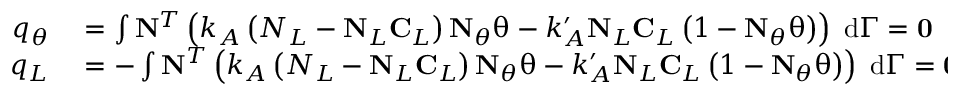
\begin{array} { r l } { q _ { \theta } } & { { } = \int \mathbf { N } ^ { T } \left( k _ { A } \left( N _ { L } - \mathbf { N } _ { L } \mathbf { C } _ { L } \right) \mathbf { N } _ { \theta } \mathbf { \uptheta } - k _ { A } ^ { \prime } \mathbf { N } _ { L } \mathbf { C } _ { L } \left( 1 - \mathbf { N } _ { \theta } \mathbf { \uptheta } \right) \right) \; \mathrm { d } \Gamma = \mathbf { 0 } } \\ { q _ { L } } & { { } = - \int \mathbf { N } ^ { T } \left( k _ { A } \left( N _ { L } - \mathbf { N } _ { L } \mathbf { C } _ { L } \right) \mathbf { N } _ { \theta } \mathbf { \uptheta } - k _ { A } ^ { \prime } \mathbf { N } _ { L } \mathbf { C } _ { L } \left( 1 - \mathbf { N } _ { \theta } \mathbf { \uptheta } \right) \right) \; \mathrm { d } \Gamma = \mathbf { 0 } } \end{array}